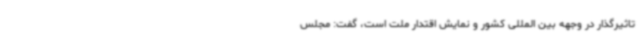
تاثیرگذار در وجهه بین المللی کشور و نمایش اقتدار ملت است، گفت: مجلس